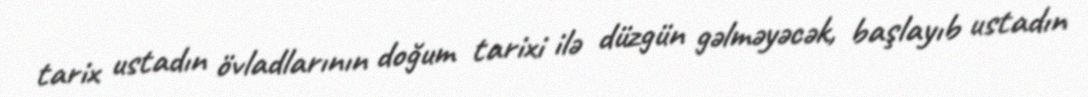
tarix ustadın övladlarının doğum tarixi ilə düzgün gəlməyəcək, başlayıb ustadın